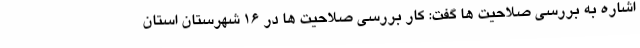
اشاره به بررسی صلاحیت ها گفت: کار بررسی صلاحیت ها در ۱۶ شهرستان استان